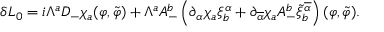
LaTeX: \delta L _ { 0 } = i \Lambda ^ { a } D _ { - } \chi _ { a } ( \varphi , \tilde { \varphi } ) + \Lambda ^ { a } A _ { - } ^ { b } \left( \partial _ { \alpha } \chi _ { a } \xi _ { b } ^ { \alpha } + \partial _ { \overline { { { \alpha } } } } \chi _ { a } A _ { - } ^ { b } \tilde { \xi } _ { b } ^ { \overline { { { \alpha } } } } \right) ( \varphi , \tilde { \varphi } ) .